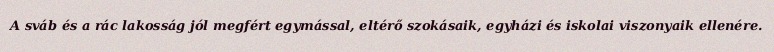
A sváb és a rác lakosság jól megfért egymással, eltérő szokásaik, egyházi és iskolai viszonyaik ellenére.